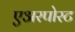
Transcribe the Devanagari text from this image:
एअरपोरट